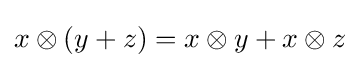
x\otimes (y+z)=x\otimes y+x\otimes z